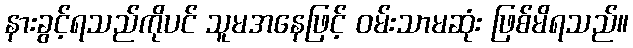
နားခွင့်ရသည်ကိုပင် သူမအနေဖြင့် ဝမ်းသာမဆုံး ဖြစ်မိရသည်။